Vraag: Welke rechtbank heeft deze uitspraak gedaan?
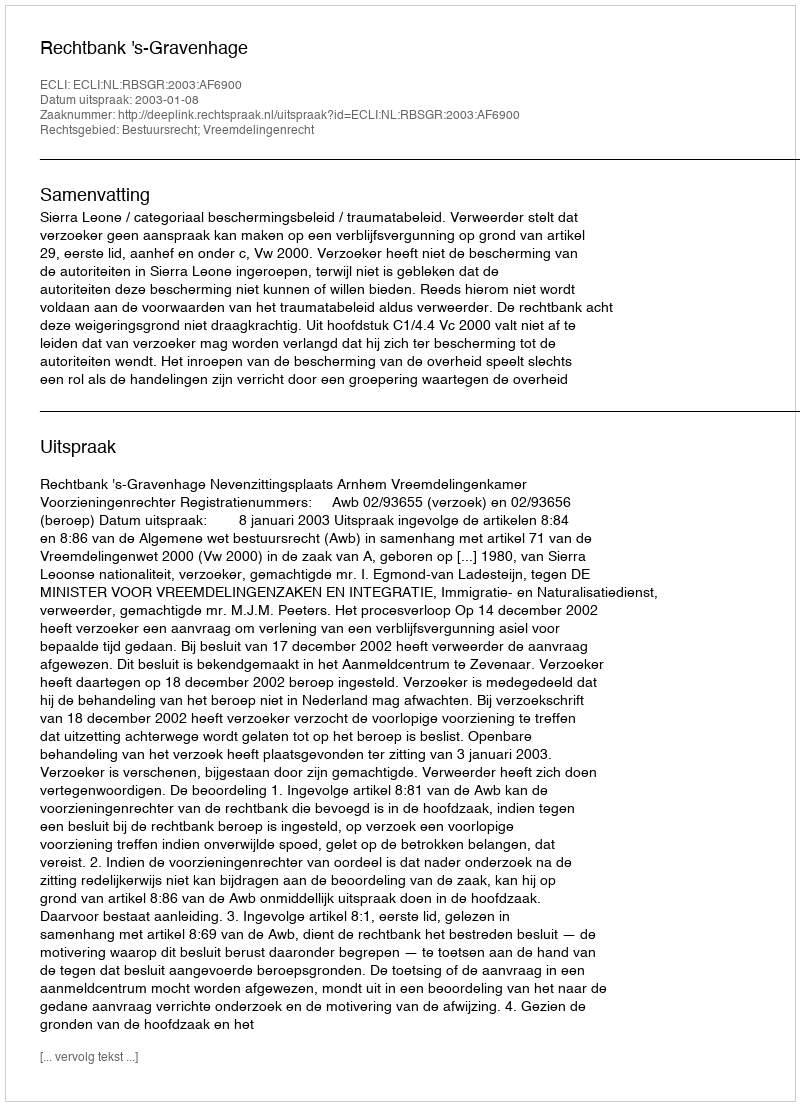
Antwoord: Rechtbank 's-Gravenhage